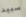
سبيد